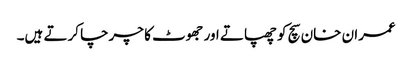
عمران خان سچ کو چھپاتے اور جھوٹ کا چرچا کرتے ہیں۔